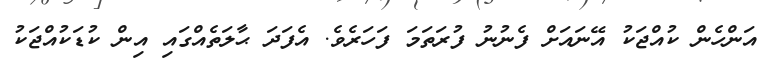
އަންހެން ކުއްޖަކު އޭނައަށް ފެނުނު ފުރަތަމަ ފަހަރެވެ. އެފަދަ ޙާލަތެއްގައި އިން ކުޑަކުއްޖަކު